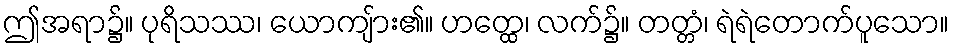
ဤအရာ၌။ ပုရိသဿ၊ ယောကျ်ား၏။ ဟတ္ထေ၊ လက်၌။ တတ္တံ၊ ရဲရဲတောက်ပူသော။